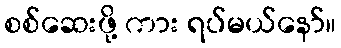
စစ်ဆေးဖို့ ကား ရပ်မယ်နော်။